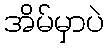
အိမ်မှာပဲ